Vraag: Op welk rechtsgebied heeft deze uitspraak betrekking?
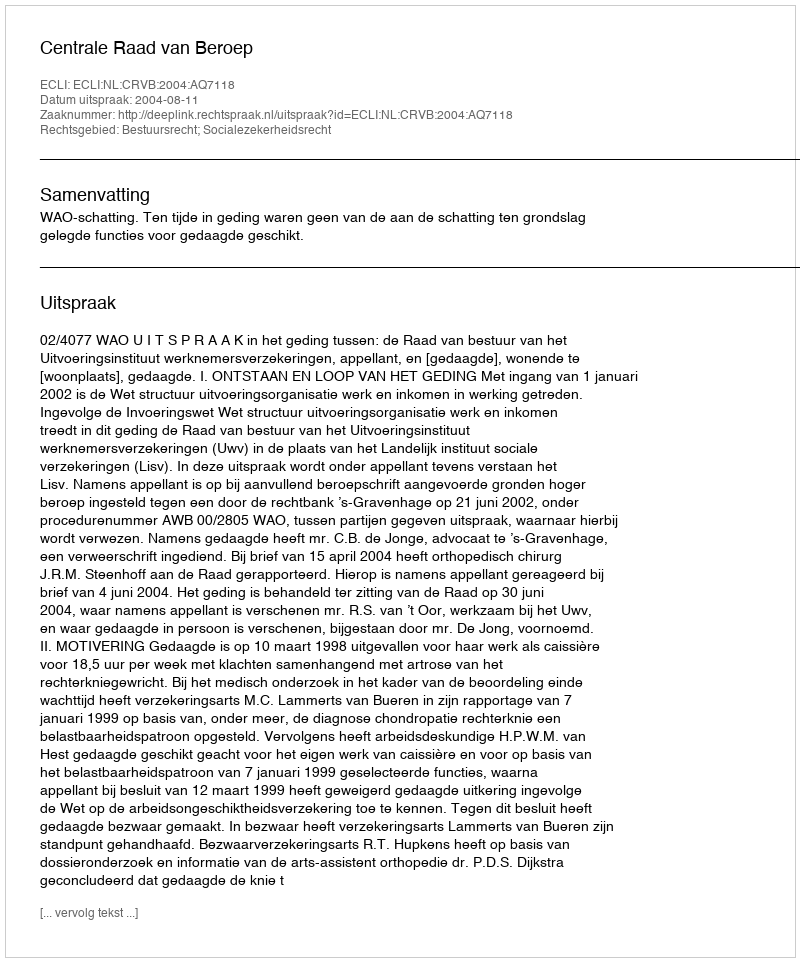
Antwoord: Bestuursrecht; Socialezekerheidsrecht